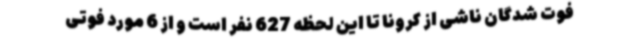
فوت شدگان ناشی از کرونا تا این لحظه 627 نفر است و از 6 مورد فوتی